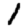
Digit: 1